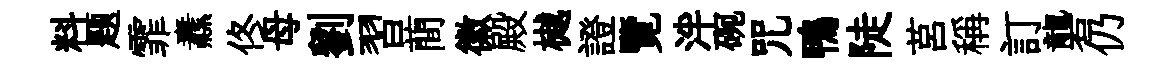
料题霏纛佟母劉習蕳徽殿樾證覽泮碗咒鴨陡莒稱訂礱仍